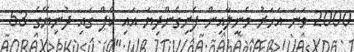
2000 ވަނަ އަހަރު މެނީލާއިން ފެށިގެންދިޔަ އައި ކެޕް ގައި ދުނިޔޭގެ 53